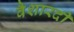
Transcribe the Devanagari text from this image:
वैशारदी